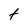
Character: t